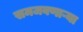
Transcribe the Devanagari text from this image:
समजवणाऱ्या